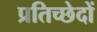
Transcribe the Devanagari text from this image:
प्रतिच्छेदों